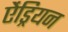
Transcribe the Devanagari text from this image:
ऐंड्रियन